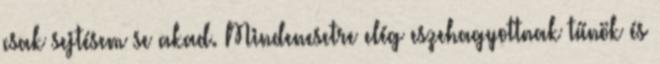
csak sejtésem se akad. Mindenesetre elég eszehagyottnak tűnök és